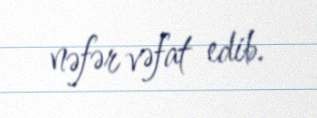
nəfər vəfat edib.